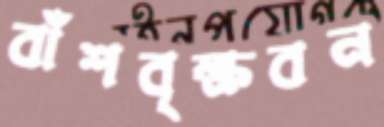
বাঁশবৃক্ষবন